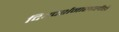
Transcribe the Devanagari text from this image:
दिग्दर्शनाखालीही